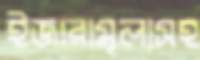
ইজারামূল্যসহ